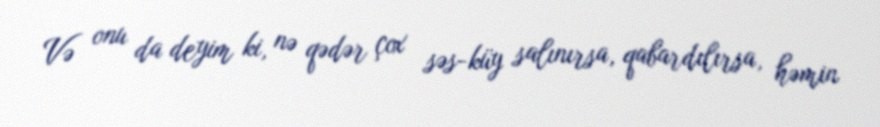
Və onu da deyim ki, nə qədər çox səs-küy salınırsa, qabardılırsa, həmin